Calcutta medical institutions reports 1871-78
Year: 1871
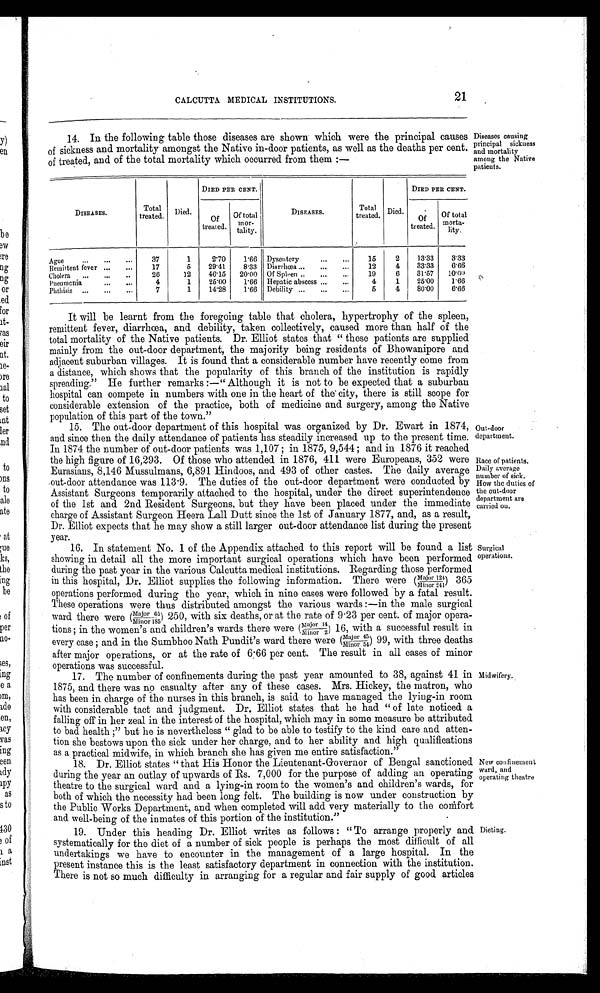
CALCUTTA MEDICAL INSTITUTIONS.
21
14. In the following table those diseases are shown which were the principal causes
of sickness and mortality amongst the Native in-door patients, as well as the deaths per cent.
of treated, and of the total mortality which occurred from them:—
DISEASES.
Total
treated. Died.
DIED PER CENT. I
DISEASES.
Total
treated. Died.
DIED PER CENT.
Of
treated.
Of total m o r -
tality.
Of
treated.
Of total
morta-
lity.
Ague
...
...
. . .
Remittent fever ...
. . .
Cholera ...
. . .
. . .
Pneumonia
. . . . . .
Phthisis ...
...
. . .
37
17
26
4
7
1
5
12
1
1
2·70
29·41
46·15
25·00
14·28
1·66
8·33
20·00
1·66
1·66
Dysentery
...
...
Diarrhœa ...
...
...
Of Spleen ..
... ...
Hepatic abscess ...
...
Debility ... ... ...
15
12
19
4
5
2
4
6
1
4
13·33
33·33
31·57
25·00
80·00
3·33
6·66
10·00
1·66
6·66
It will be learnt from the foregoing table that cholera, hypertrophy of the spleen,
remittent fever, diarrhœa, and debility, taken collectively, caused more than half of the
total mortality of the Native patients. Dr. Elliot states that "these patients are supplied
mainly from the out-door department, the majority being residents of Bhowanipore and
adjacent suburban villages. It is found that a considerable number have recently come from
a distance, which shows that the popularity of this branch of the institution is rapidly
spreading." He further remarks:—"Although it is not to be expected that a suburban
hospital can compete in numbers with one in the heart of the city, there is still scope for
considerable extension of the practice, both of medicine and surgery, among the Native
population of this part of the town."
15. The out-door department of this hospital was organized by Dr. Ewart in 1874,
and since then the daily attendance of patients has steadily increased up to the present time.
In 1874 the number of out-door patients was 1,107; in 1875, 9,544; and in 1876 it reached
the high figure of 16,293. Of those who attended in 1876, 411 were Europeans, 352 were
Eurasians, 8,146 Mussulmans, 6,891 Hindoos, and 493 of other castes. The daily average
out-door attendance was 113·9. The duties of the out-door department were conducted by
Assistant Surgeons temporarily attached to the hospital, under the direct superintendence
of the 1st and 2nd Resident Surgeons, but they have been placed under the immediate
charge of Assistant Surgeon Heera Lall Dutt since the 1st of January 1877, and, as a result,
Dr. Elliot expects that he may show a still larger out-door attendance list during the present
year.
16. In statement No. 1 of the Appendix attached to this report will be found a list
showing in detail all the more important surgical operations which have been performed
during the past year in the various Calcutta medical institutions. Regarding those performed
in this hospital, Dr. Elliot supplies the following information. There were (Major 12
4/Minor 241) 365
operations performed during the year, which in nine cases were followed by a fatal result.
These operations were thus distributed amongst the various wards:—in the male surgical
wa r d t he r e we r e ( Ma j or 65/ Mi nor 185) 250, wi t h s i x de a t hs , or a t t he r a t e of 9. 23 per cent. of major opera-
- t i o n s ; i n t h e w o m e n ' s a n d c h i l d r e n ' s w a r d s t h e r e w e r e ( M a j o r 1 4 / M i n o r 2 )1
6 , w i t h a s u c c e s s f u l r e s u l t i n
every case; and in the Sumbhoo Nath Pundit's ward there were (Major 45/Minor 54) 99, with three deaths
after major operations, or at the rate of 6·66 per cent. The result in all cases of minor
operations was successful.
17. The number of confinements during the past year amounted to 38, against 41 in
1875, and there was no casualty after any of these cases. Mrs. Hickey, the matron, who
has been in charge of the nurses in this branch, is said to have managed the lying-in room
with considerable tact and judgment. Dr. Elliot states that he had "of late noticed a
falling off in her zeal in the interest of the hospital, which may in some measure be attributed
to bad health;" but he is nevertheless "glad to be able to testify to the kind care and atten-
tion she bestows upon the sick under her charge, and to her ability and high qualifications
as a practical midwife, in which branch she has given me entire satisfaction."
18. Dr. Elliot states "that His Honor the Lieutenant-Governor of Bengal sanctioned
during the year an outlay of upwards of Rs. 7,000 for the purpose of adding an operating
theatre to the surgical ward and a lying-in room to the women's and children's wards, for
both of which the necessity had been long felt. The building is now under construction by
the Public Works Department, and when completed will add very materially to the comfort
and well-being of the inmates of this portion of the institution."
19. Under this heading Dr. Elliot writes as follows: "To arrange properly and
s y s t e m a t i c a l l y f o r t h e d i e t o f a n u m b e r o f s i c k p e o p l e i s p e r h a p s t h e m o s t d i f f i c u l t o f a l l
u n d e r t a k i n g s w e h a v e t o e n c o u n t e r i n t h e m a n a g e m e n t o f a l a r g e h o s p i t a l . I n t h e
present instance this is the least satisfactory department in connection with the institution.
There is not so much difficulty in arranging for a regular and fair supply of good articles
Diseases causing.
principal sickness
and mortality
among the Native
patients.
Out-door
department.
Race of patients.
Daily average
number of sick.
How the duties of
the out-door
department are
carried on.
Surgical
operations.
Midwifery.
New confinement
ward, and
operating theatre
Dieting.